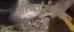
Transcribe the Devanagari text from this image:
ओष्ठरंजक